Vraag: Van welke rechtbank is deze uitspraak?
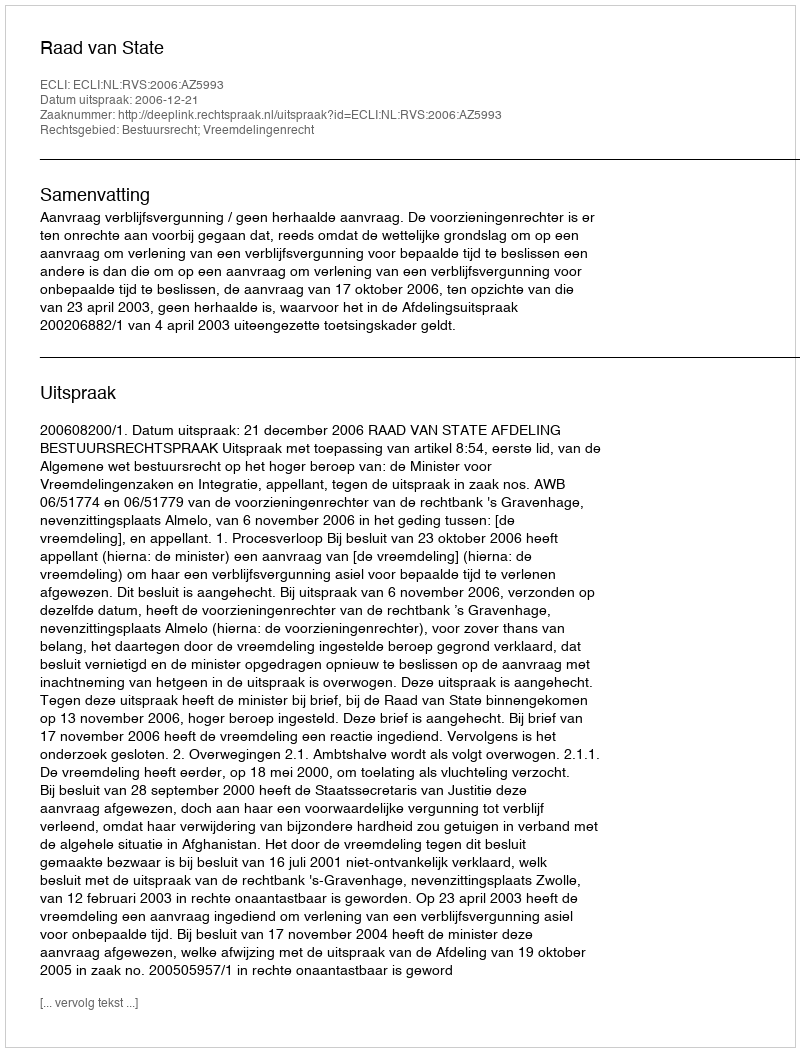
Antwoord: Raad van State